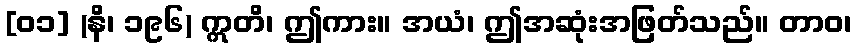
[၀၁] (နိ၊ ၁၉၆) ဣတိ၊ ဤကား။ အယံ၊ ဤအဆုံးအဖြတ်သည်။ တာဝ၊